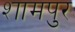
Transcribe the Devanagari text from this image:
शामपुर